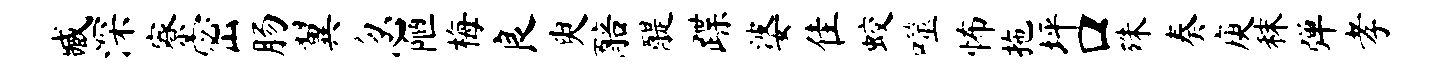
臧深寮密肠翼忽陋梅良臾醅醍蹀婆隹蛟噬怖拖坪口殊奏庾秣弹孝